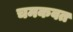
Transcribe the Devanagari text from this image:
चमकवत